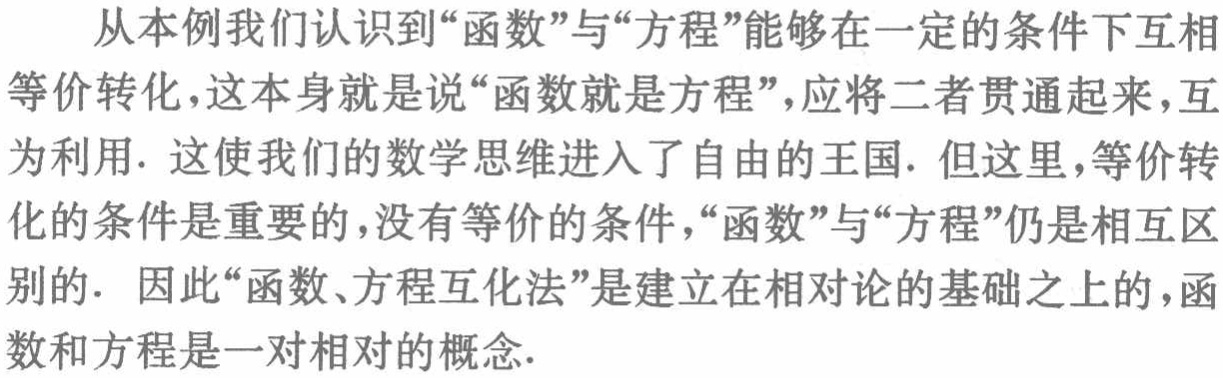
从本例我们认识到“函数”与“方程”能够在一定的条件下互相

等价转化，这本身就是说“函数就是方程”，应将二者贯通起来，互

为利用. 这使我们的数学思维进入了自由的王国. 但这里，等价转

化的条件是重要的，没有等价的条件，“函数”与“方程”仍是相互区

别的. 因此“函数、方程互化法”是建立在相对论的基础之上的，函

数和方程是一对相对的概念.